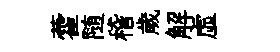
藿随稽歲解虛